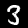
Digit: 3